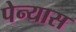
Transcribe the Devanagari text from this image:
पेन्यास